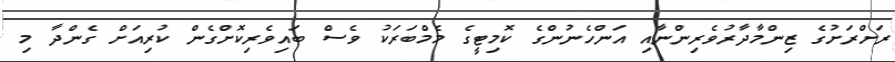
ރަށްރަށުގެ ޒިންމާދާރުވެރިންނާއި އަންހެނުންގެ ކޮމިޓީގެ މެމްބަރަކު ވެސް ބައިވެރިކޮށްގެން ކުރިއަށް ގެންދާ މި